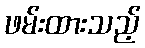
ဖမ်းထားသည့်